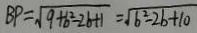
B P = \sqrt { 9 + b ^ { 2 } - 2 b + 1 } = \sqrt { 6 ^ { 2 } - 2 b + 1 0 }